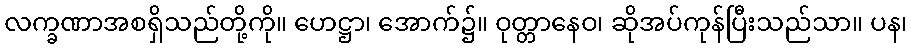
လက္ခဏာအစရှိသည်တို့ကို။ ဟေဋ္ဌာ၊ အောက်၌။ ဝုတ္တာနေဝ၊ ဆိုအပ်ကုန်ပြီးသည်သာ။ ပန၊